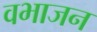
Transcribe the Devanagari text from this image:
वभाजन